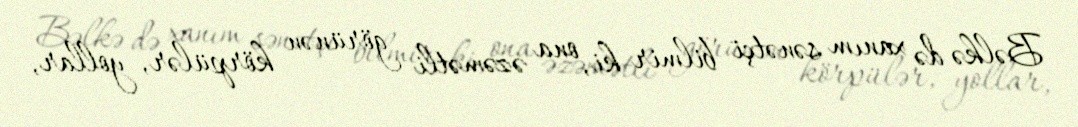
Bəlkə də xanım sənətçi bilmir ki, ona əzəmətli görünən körpülər, yollar,